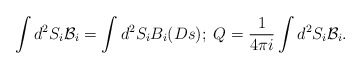
\begin{align*}\int d^2S_i{\mathcal{B}}_i=\int d^2S_iB_i(Ds);\;Q=\frac{1}{4\pi i}\int d^2S_i{\mathcal{B}}_i.\end{align*}